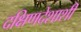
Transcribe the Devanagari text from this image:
दक्षिणदेशाशी